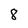
Character: 8